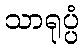
သာရုပ္ပံ